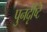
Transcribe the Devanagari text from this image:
पुनर्दृष्टि